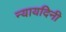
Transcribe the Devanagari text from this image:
न्यायदिनी